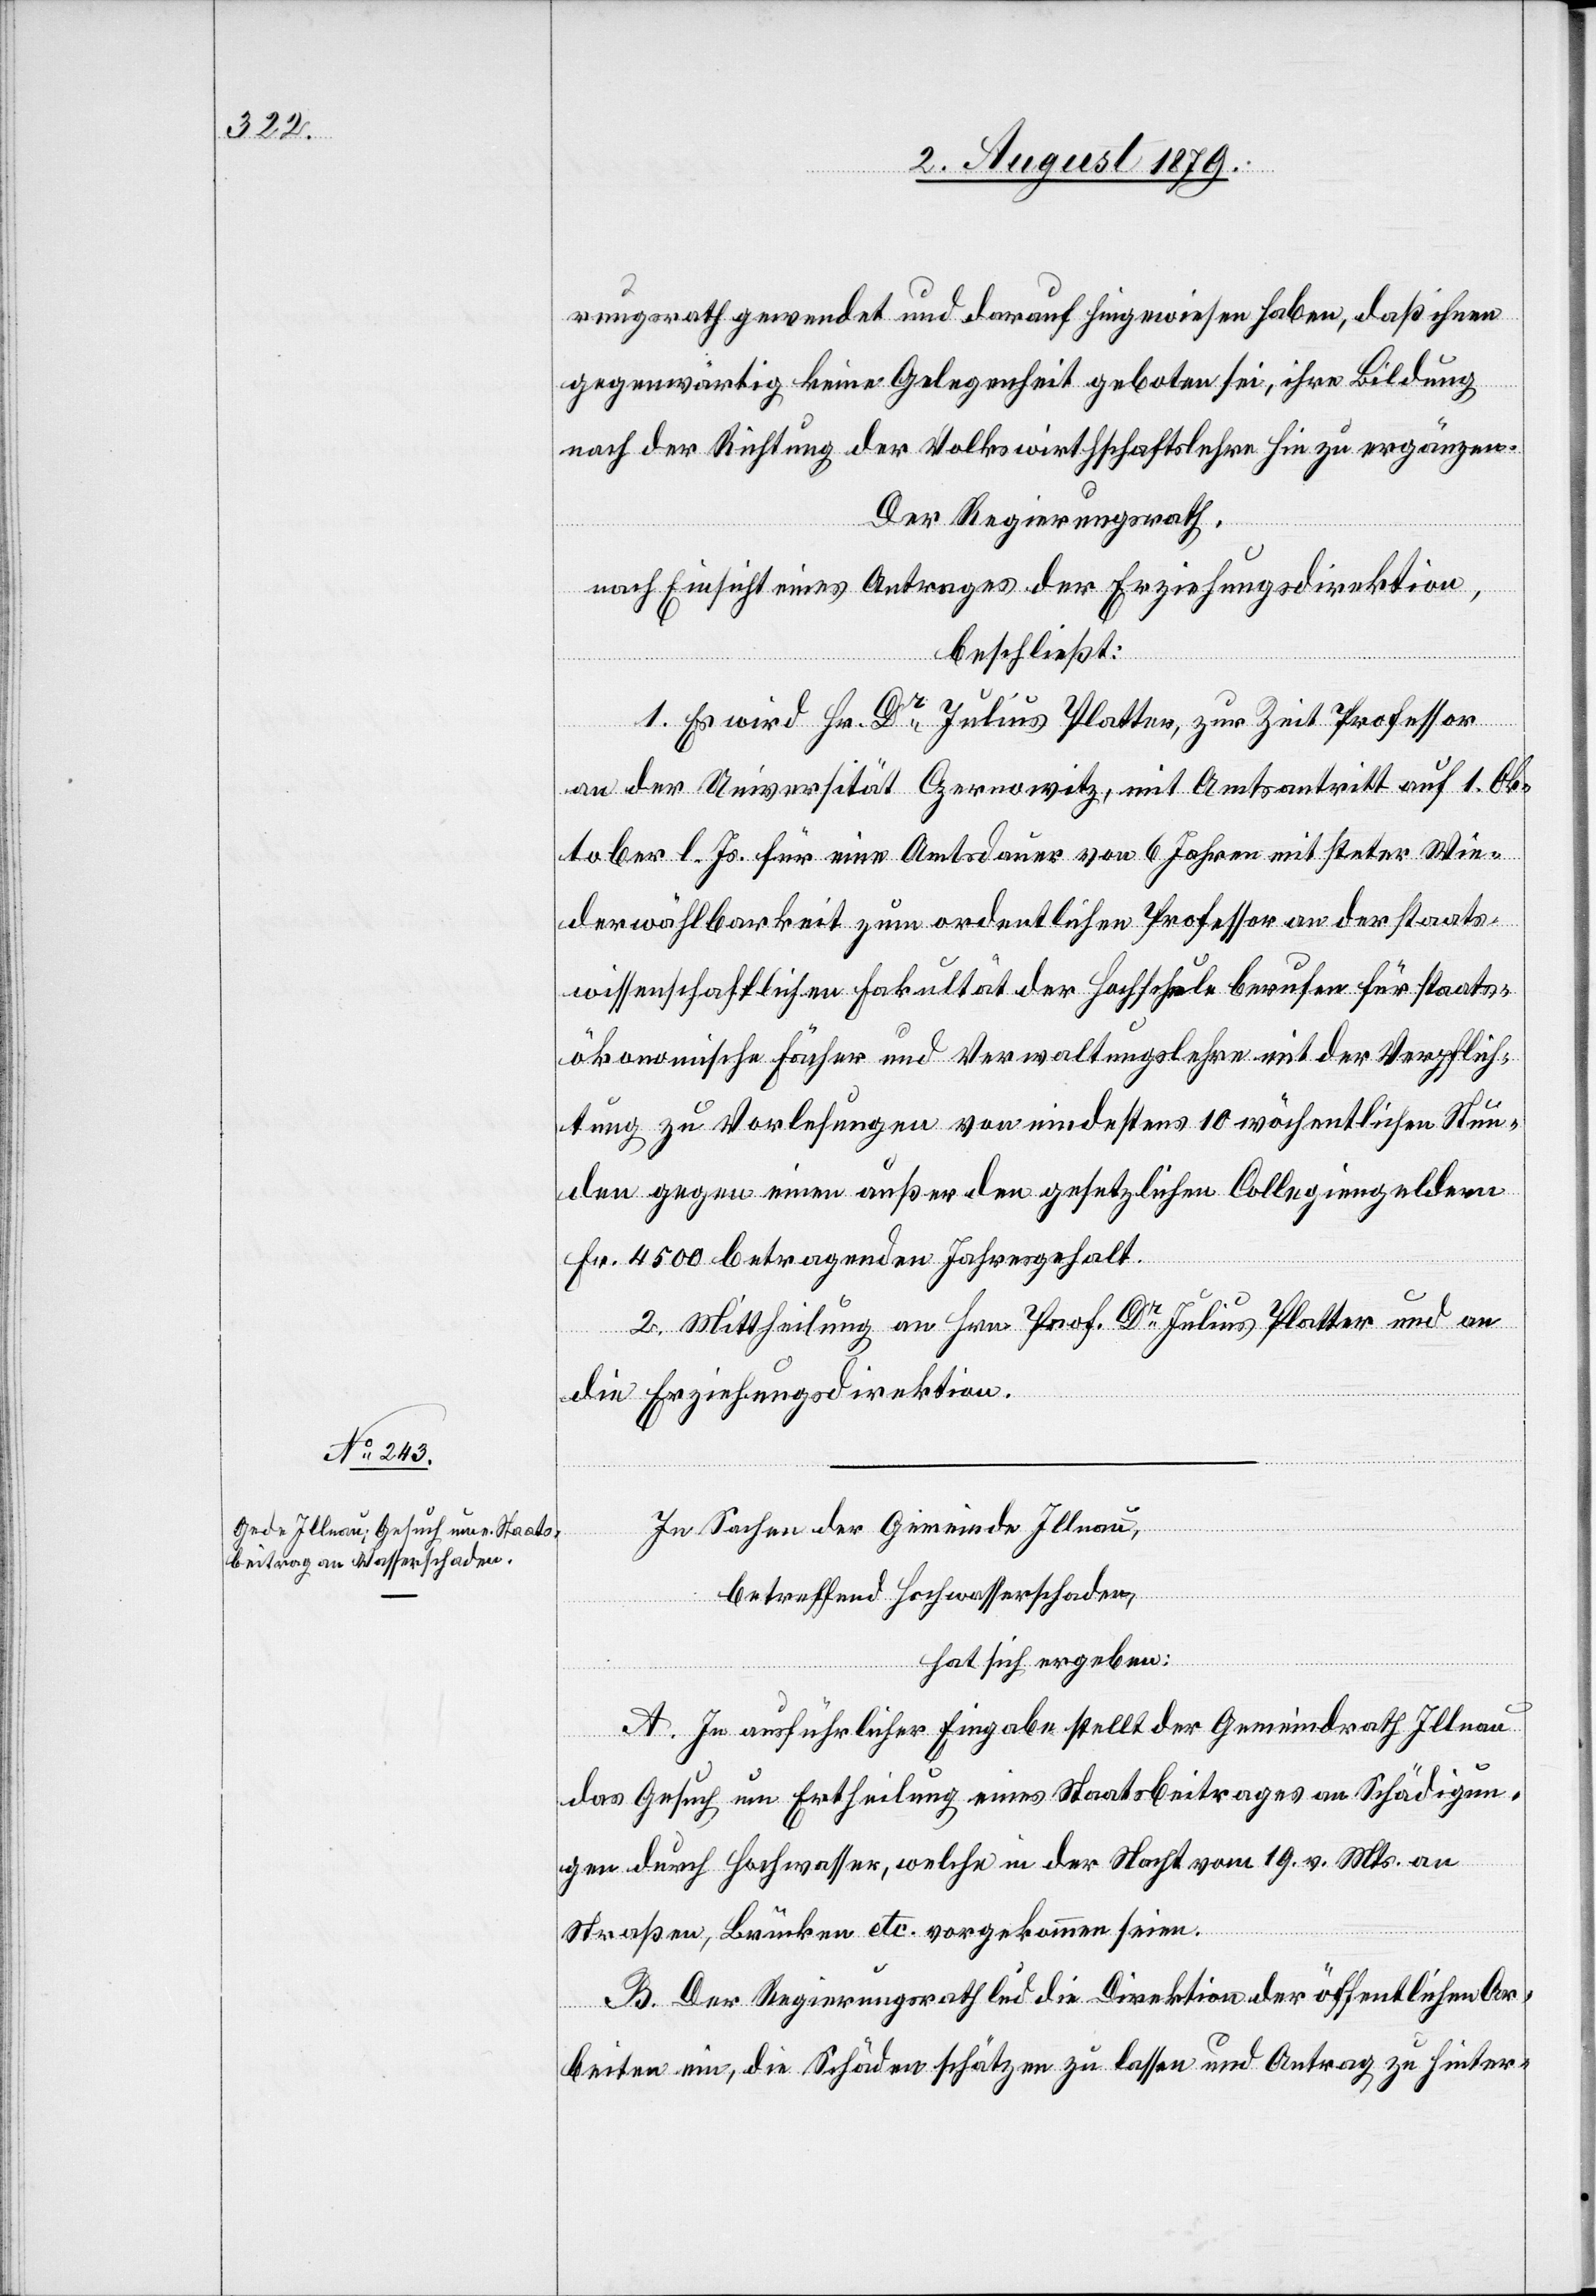
rungsrath gewendet und darauf hingewiesen haben, daß ihnen
gegenwärtig keine Gelegenheit geboten sei, ihre Bildung
nach der Richtung der Volkswirthschaftslehre hin zu ergänzen.
Der Regierungsrath,
nach Einsicht eines Antrages der Erziehungsdirektion,
beschließt:
1. Es wird Hr. Dr Julius Platter, zur Zeit Professor
an der Universität Czernowitz, mit Amtsantritt auf 1. Ok¬
tober l. Js. für eine Amtsdauer von 6 Jahren mit steter Wie¬
derwählbarkeit zum ordentlichen Professor an der staats¬
wissenschaftlichen Fakultät der Hochschule berufen für staats¬
ökonomische Fächer und Verwaltungslehre mit der Verpflich¬
tung zu Vorlesungen von mindestens 10 wöchentlichen Stun¬
den gegen einen außer den gesetzlichen Collegiengeldern
Fr. 4500 betragenden Jahresgehalt.
2. Mittheilung an Hrn. Prof. Dr Julius Platter und an
die Erziehungsdirektion.
In Sachen der Gemeinde Illnau,
betreffend Hochwasserschaden,
hat sich ergeben:
A. In ausführlicher Eingabe stellt der Gemeindrath Illnau
das Gesuch um Ertheilung eines Staatsbeitrages an Schädigun¬
gen durch Hochwasser, welche in der Nacht vom 19. v. Mts. an
Straßen, Brücken etc. vorgekommen seien.
B. Der Regierungsrath lud die Direktion der öffentlichen Ar¬
beiten ein, die Schäden schätzen zu lassen und Antrag zu hinter-